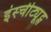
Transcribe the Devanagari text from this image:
इंस्चीट्यूट्स